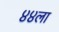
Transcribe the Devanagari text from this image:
४४ला